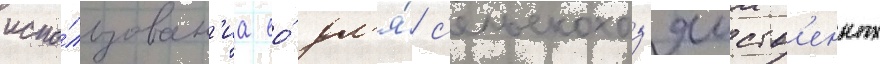
испо́льзован'иа ео́ дл'я́ с'ельскохоз'яиств'енных